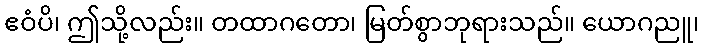
ဧဝံပိ၊ ဤသို့လည်း။ တထာဂတော၊ မြတ်စွာဘုရားသည်။ ယောဂညူ၊